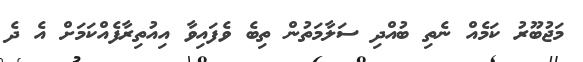
މަޖުބޫރު ކަމެއް ނެތި ބުއްދި ސަލާމަތުން ތިބެ ވެފައިވާ އިއުތިރާފެއްކަމަށް އެ ދެ